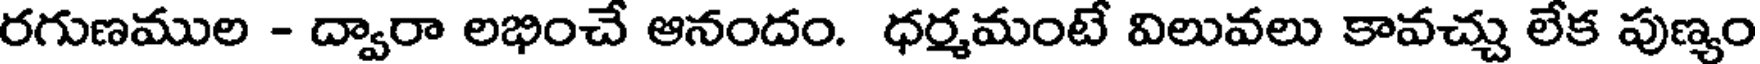
రగుణముల - ద్వారా లభించే ఆనందం. ధర్మమంటే విలువలు కావచ్చు లేక పుణ్యం